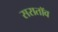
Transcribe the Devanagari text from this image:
सरातॉव